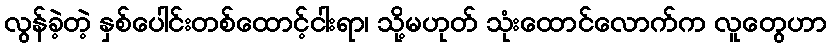
လွန်ခဲ့တဲ့ နှစ်ပေါင်းတစ်ထောင့်ငါးရာ၊ သို့မဟုတ် သုံးထောင်လောက်က လူတွေဟာ